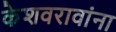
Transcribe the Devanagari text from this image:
केशवरावांना